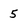
Character: 5